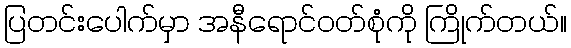
ပြတင်းပေါက်မှာ အနီရောင်ဝတ်စုံကို ကြိုက်တယ်။